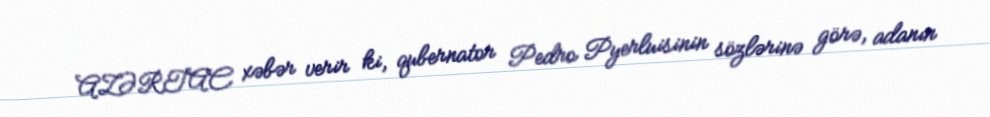
AZƏRTAC xəbər verir ki, qubernator Pedro Pyerluisinin sözlərinə görə, adanın